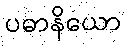
ပဓာနိယော